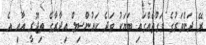
ރޭ ދަންވަރުގެ ވަގުތެއްގައި ބަޔަކު ވަދެ ކައުންސިލް އިދާރާގެ ތިޖޫރީ އާއި އެ